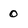
Character: 0